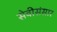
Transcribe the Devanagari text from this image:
सेवीसंसार